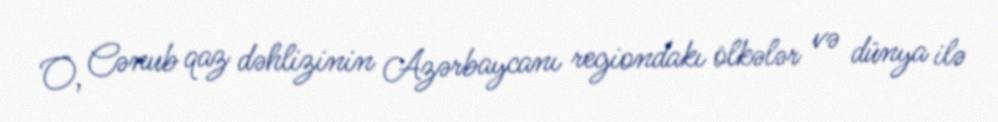
O, Cənub qaz dəhlizinin Azərbaycanı regiondakı ölkələr və dünya ilə